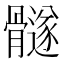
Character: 𲌓